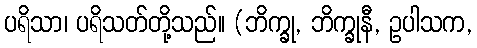
ပရိသာ၊ ပရိသတ်တို့သည်။ (ဘိက္ခု, ဘိက္ခုနီ, ဥပါသက,